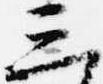
三